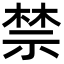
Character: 禁